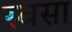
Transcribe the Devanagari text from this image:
स्वसा